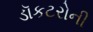
ડૉકટરોની